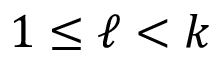
1 \leq \ell < k